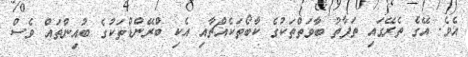
އެވެ. އޭގެ ތެރޭގައި ތަފާތު ބާވަތްތަކުގެ ކާބޯތަކެއްޗާއި އެކި ބްރޭންޑްތަކުގެ ބުއިންތައް ވެސް